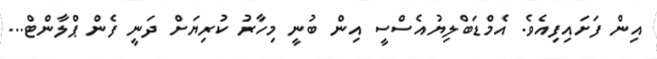
އިން ފަށައިފިއެވެ. އެމްޑަބްލިޔުއެސްސީ އިން ބުނީ މިހާރު ކުރިޔަށް ދަނީ ފެން ޕްލާންޓް...